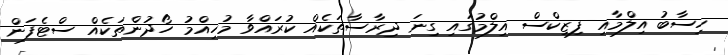
ހިސާބު އިލްމާއި ފިޒިކްސް އިލްމުގައި ގިނަ ދިރާސާތަކެއް ކުރައްވާ މުހިއްމު ހޯދުންތަކެއް ސްޓެފަން